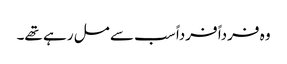
وہ فرداً فرداً سب سے مل رہے تھے۔